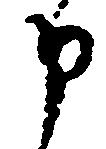
申